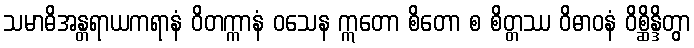
သမာဓိအန္တရာယကရာနံ ဝိတက္ကာနံ ဝသေန ဣတော စိတော စ စိတ္တဿ ဝိဓာဝနံ ဝိစ္ဆိန္ဒိတွာ